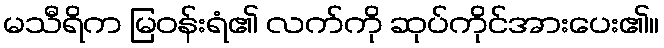
မသီရိက မြဝန်းရံ၏ လက်ကို ဆုပ်ကိုင်အားပေး၏။